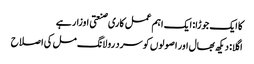
کا ایک جوڑا: ایک اہم عمل کاری صنعتی اوزار ہے
اگلا: دیکھ بھال اور اصولوں کو سرد رولانگ مل کی اصلاح